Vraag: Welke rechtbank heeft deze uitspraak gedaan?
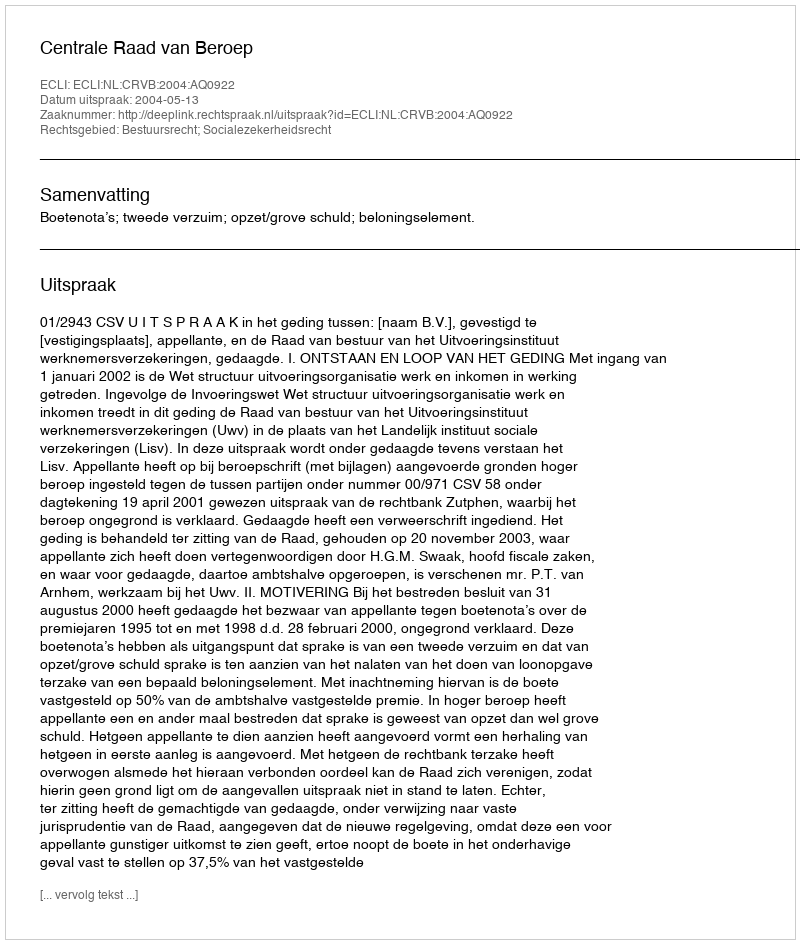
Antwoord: Centrale Raad van Beroep